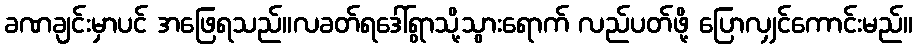
ခဏချင်းမှာပင် အဖြေရသည်။လခတ်ရဒေါ်ရွာသို့သွားရောက် လည်ပတ်ဖို့ ပြောလျှင်ကောင်းမည်။